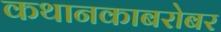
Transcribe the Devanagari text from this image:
कथानकाबरोबर